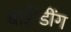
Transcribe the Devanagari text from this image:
बाईन्डींग